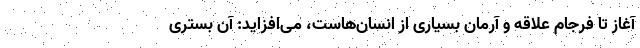
آغاز تا فرجام علاقه و آرمان بسیاری از انسان‌هاست، می‌افزاید: آن بستری